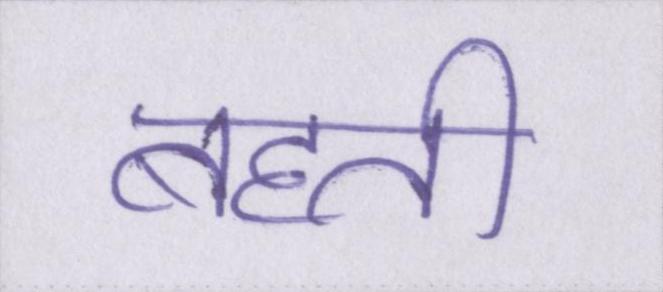
बहती